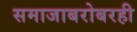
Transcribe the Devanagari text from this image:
समाजाबरोबरही